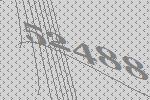
52488